Lunatic asylums United Prov. 1922-30 - 1922-1930
Year: 1922
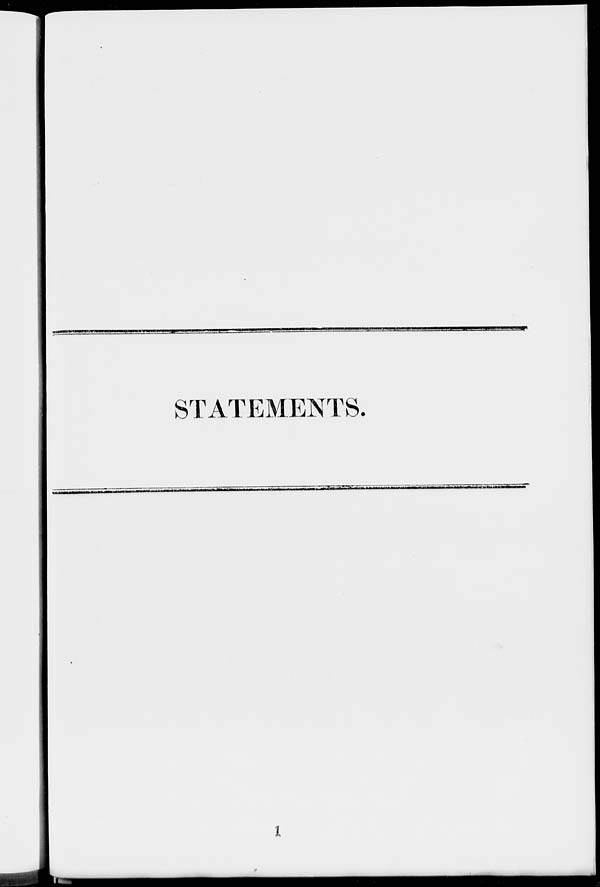
STATEMENTS.